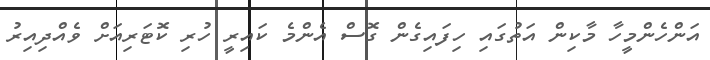
އަންހެންމީހާ މާކިން އަތުގައި ހިފައިގެން ގޮސް އެންމެ ކައިރީ ހުރި ކޮޓަރިއަށް ވެއްދިއިރު